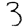
Digit: 3